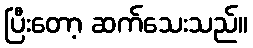
ပြီးတော့ ဆက်သေးသည်။